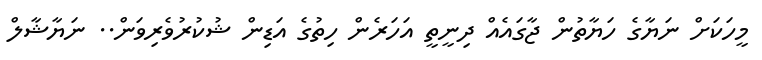
މީހަކަށް ނަޔާގެ ހަޔާތުން ޖާގައެއް ދިނީތީ އަހަރެން ހިތުގެ އަޑިން ޝުކުރުވެރިވަން.. ނަޔާޝާލް